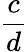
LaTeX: \frac{c}{d}